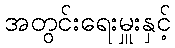
အတွင်းရေးမှူးနှင့်